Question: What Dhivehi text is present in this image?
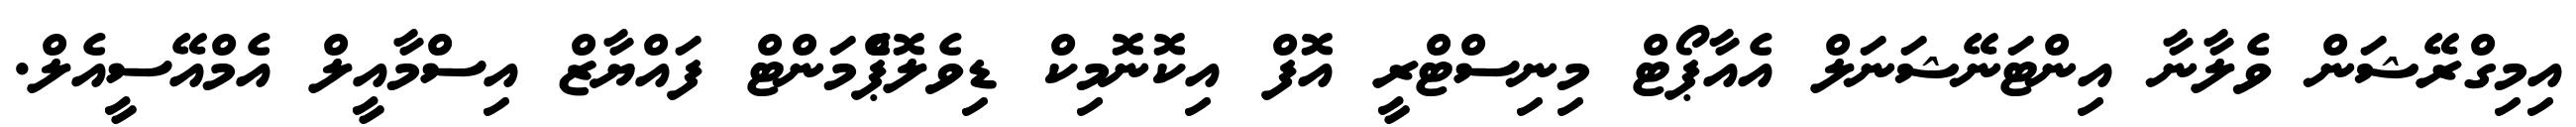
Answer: އިމިގްރޭޝަން ވެލާނާ އިންޓަނޭޝަނަލް އެއާޕޯޓް މިނިސްޓްރީ އޮފް އިކޮނޮމިކް ޑިވެލޮޕްެމަންޓް ފައްޔާޒް އިސްމާއީލް އެމްއޭސީއެލް.